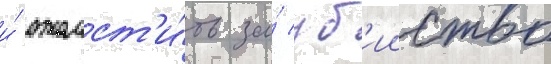
и́ отомст'и́ть за́ уб'ииство